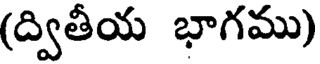
(ద్వితీయ భాగము)